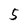
Character: 5